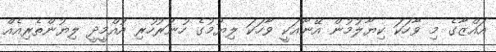
އައްޒާގެ މި ވާހަކަ ކިޔާލުމުން އޭނާއަކީ ވާހަކަ ލިޔުމުގެ ހުނަރުހުރި އުއްމީދީ ލިޔުންތެރިއެއް